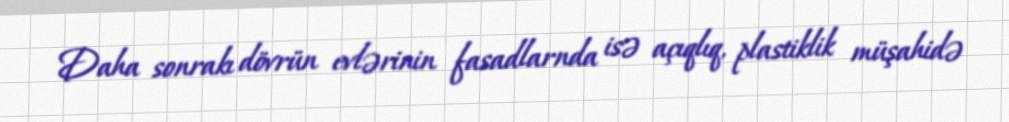
Daha sonrakı dövrün evlərinin fasadlarnda isə açıqlıq, plastiklik müşahidə